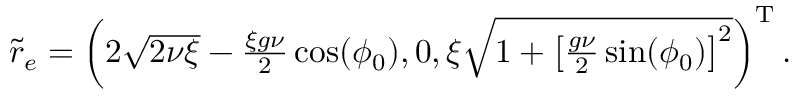
\begin{array} { r } { \tilde { r } _ { e } = \left( 2 \sqrt { 2 \nu \xi } - \frac { \xi g \nu } { 2 } \cos ( \phi _ { 0 } ) , 0 , \xi \sqrt { 1 + \left[ \frac { g \nu } { 2 } \sin ( \phi _ { 0 } ) \right] ^ { 2 } } \right) ^ { \mathrm { T } } . } \end{array}